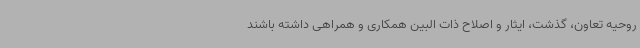
روحیه تعاون، گذشت، ایثار و اصلاح ذات البین همکاری و همراهی داشته باشند